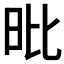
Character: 𣅪